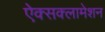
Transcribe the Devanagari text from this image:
ऐक्सक्लामेशन